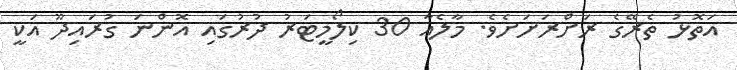
އަތޮޅު ތެރޭގެ ރަށްރަށަށެވެ. މާލެއާ 30 ކިލޯމީޓަރު ދުރުގައި އޮންނަ ގުރައިދޫ އަކީ